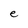
Character: e